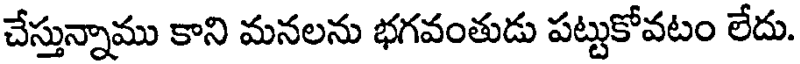
చేస్తున్నాము కాని మనలను భగవంతుడు పట్టుకోవటం లేదు.